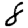
Digit: 8